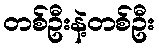
တစ်ဦးနဲ့တစ်ဦး